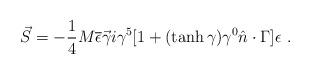
LaTeX: \begin{align*}\vec S=-{1\over4}M\overline{\epsilon}\vec\gamma i\gamma^5[1+(\tanh\gamma)\gamma^0\hat n\cdot\Gamma]\epsilon\ .\end{align*}